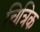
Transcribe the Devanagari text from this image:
चित्रिक